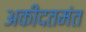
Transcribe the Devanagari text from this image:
अकीदतमंत